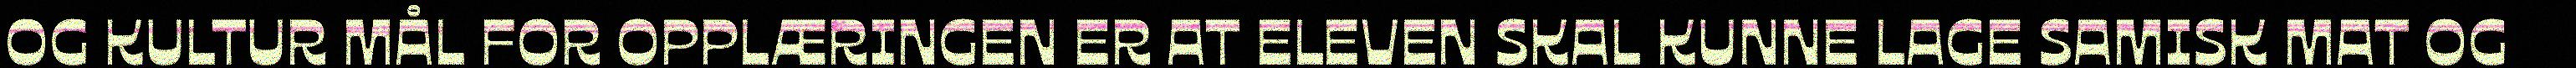
OG KULTUR MÅL FOR OPPLÆRINGEN ER AT ELEVEN SKAL KUNNE LAGE SAMISK MAT OG